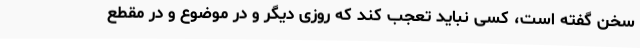
سخن گفته است، کسی نباید تعجب کند که روزی دیگر و در موضوع و در مقطع